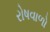
રોષવાળો